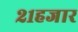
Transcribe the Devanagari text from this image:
२१हजार